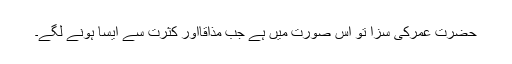
حضرت عمرؓکی سزا تو اس صورت میں ہے جب مذاقاًاور کثرت سے ایسا ہونے لگے۔